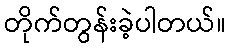
တိုက်တွန်းခဲ့ပါတယ်။